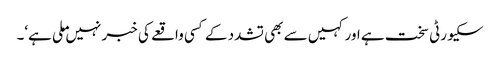
سکیورٹی سخت ہے اور کہیں سے بھی تشدد کے کسی واقعے کی خبر نہیں ملی ہے‘۔